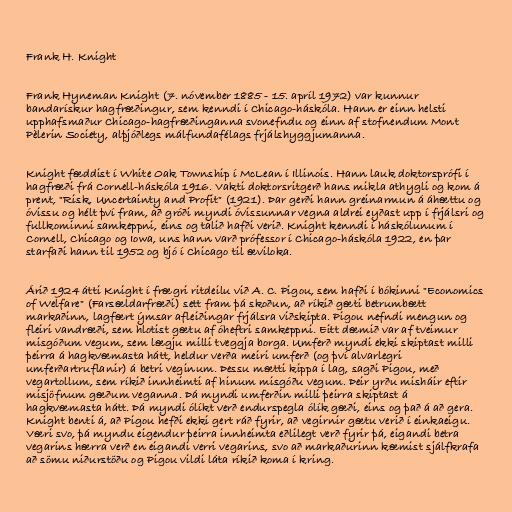
Frank H. Knight

Frank Hyneman Knight (7. nóvember 1885 - 15. apríl 1972) var kunnur
bandarískur hagfræðingur, sem kenndi í Chicago-háskóla. Hann er einn helsti
upphafsmaður Chicago-hagfræðinganna svonefndu og einn af stofnendum Mont
Pèlerin Society, alþjóðlegs málfundafélags frjálshyggjumanna.

Knight fæddist í White Oak Township í McLean í Illinois. Hann lauk doktorsprófi í
hagfræði frá Cornell-háskóla 1916. Vakti doktorsritgerð hans mikla athygli og kom á
prent, "Risk, Uncertainty and Profit" (1921). Þar gerði hann greinarmun á áhættu og
óvissu og hélt því fram, að gróði myndi óvissunnar vegna aldrei eyðast upp í frjálsri og
fullkominni samkeppni, eins og talið hafði verið. Knight kenndi í háskólunum í
Cornell, Chicago og Iowa, uns hann varð prófessor í Chicago-háskóla 1922, en þar
starfaði hann til 1952 og bjó í Chicago til æviloka.

Árið 1924 átti Knight í frægri ritdeilu við A. C. Pigou, sem hafði í bókinni "Economics
of Welfare" (Farsældarfræði) sett fram þá skoðun, að ríkið gæti betrumbætt
markaðinn, lagfært ýmsar afleiðingar frjálsra viðskipta. Pigou nefndi mengun og
fleiri vandræði, sem hlotist gætu af óheftri samkeppni. Eitt dæmið var af tveimur
misgóðum vegum, sem lægju milli tveggja borga. Umferð myndi ekki skiptast milli
þeirra á hagkvæmasta hátt, heldur verða meiri umferð (og því alvarlegri
umferðartruflanir) á betri veginum. Þessu mætti kippa í lag, sagði Pigou, með
vegartollum, sem ríkið innheimti af hinum misgóðu vegum. Þeir yrðu misháir eftir
misjöfnum gæðum veganna. Þá myndi umferðin milli þeirra skiptast á
hagkvæmasta hátt. Þá myndi ólíkt verð endurspegla ólík gæði, eins og það á að gera.
Knight benti á, að Pigou hefði ekki gert ráð fyrir, að vegirnir gætu verið í einkaeigu.
Væri svo, þá myndu eigendur þeirra innheimta eðlilegt verð fyrir þá, eigandi betra
vegarins hærra verð en eigandi verri vegarins, svo að markaðurinn kæmist sjálfkrafa
að sömu niðurstöðu og Pigou vildi láta ríkið koma í kring.